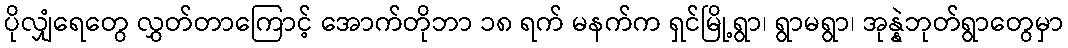
ပိုလျှံရေတွေ လွှတ်တာကြောင့် အောက်တိုဘာ ၁၈ ရက် မနက်က ရှင်မြို့ရွာ၊ ရွာမရွာ၊ အုန္နဲဘုတ်ရွာတွေမှာ